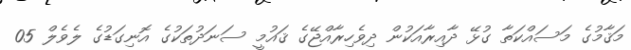
މަޤާމުގެ މަސައްކަތާ ގުޅޭ ދާއިރާއަކުން ދިވެހިރާއްޖޭގެ ޤައުމީ ސަނަދުތަކުގެ އޮނިގަޑުގެ ލެވެލް 05